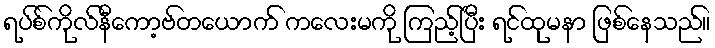
ရပ်စ်ကိုလ်နီကော့ဗ်တယောက် ကလေးမကို ကြည့်ပြီး ရင်ထုမနာ ဖြစ်နေသည်။